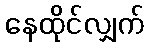
နေထိုင်လျှက်